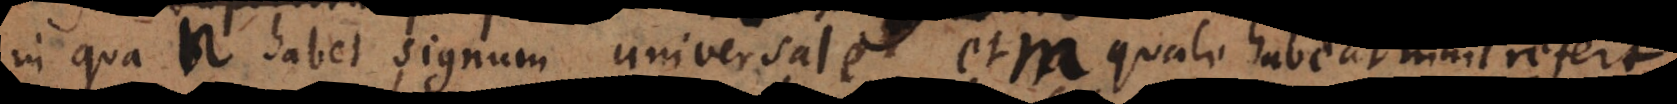
in qua n habet signum universale, et m quale habe